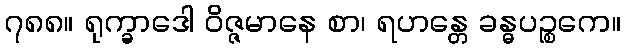
၇၈၈။ ရုက္ခာဒေါ ဝိဇ္ဇမာနေ စာ၊ ရဟန္တေ ခန္ဓပဉ္စကေ။